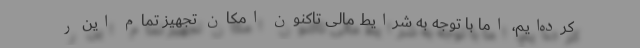
کرده‌ایم، اما با توجه به شرایط مالی تاکنون امکان تجهیز تمام این ر